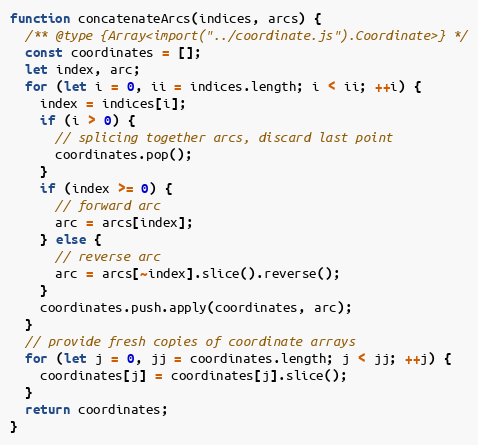
Language: JavaScript
function concatenateArcs(indices, arcs) {
  /** @type {Array<import("../coordinate.js").Coordinate>} */
  const coordinates = [];
  let index, arc;
  for (let i = 0, ii = indices.length; i < ii; ++i) {
    index = indices[i];
    if (i > 0) {
      // splicing together arcs, discard last point
      coordinates.pop();
    }
    if (index >= 0) {
      // forward arc
      arc = arcs[index];
    } else {
      // reverse arc
      arc = arcs[~index].slice().reverse();
    }
    coordinates.push.apply(coordinates, arc);
  }
  // provide fresh copies of coordinate arrays
  for (let j = 0, jj = coordinates.length; j < jj; ++j) {
    coordinates[j] = coordinates[j].slice();
  }
  return coordinates;
}